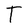
Character: T